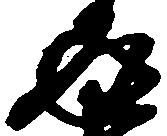
返